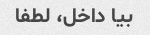
بیا داخل، لطفا